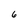
Character: 6